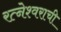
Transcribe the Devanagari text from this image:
रत्नेश्वराची